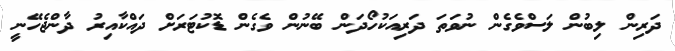
ދަރިން ލިބުން ލަސްވެގެން ނުވަތަ ދަރިއަކުހޯދަން ބޭނުން ވެގެން ޑޮކުޓަރަށް ދައްކާއިރު ދާންޖެހޭނީ